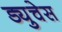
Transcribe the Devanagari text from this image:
ड्युचेस